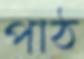
পাঠ